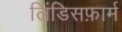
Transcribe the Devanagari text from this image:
लिंडिसफ़ार्म